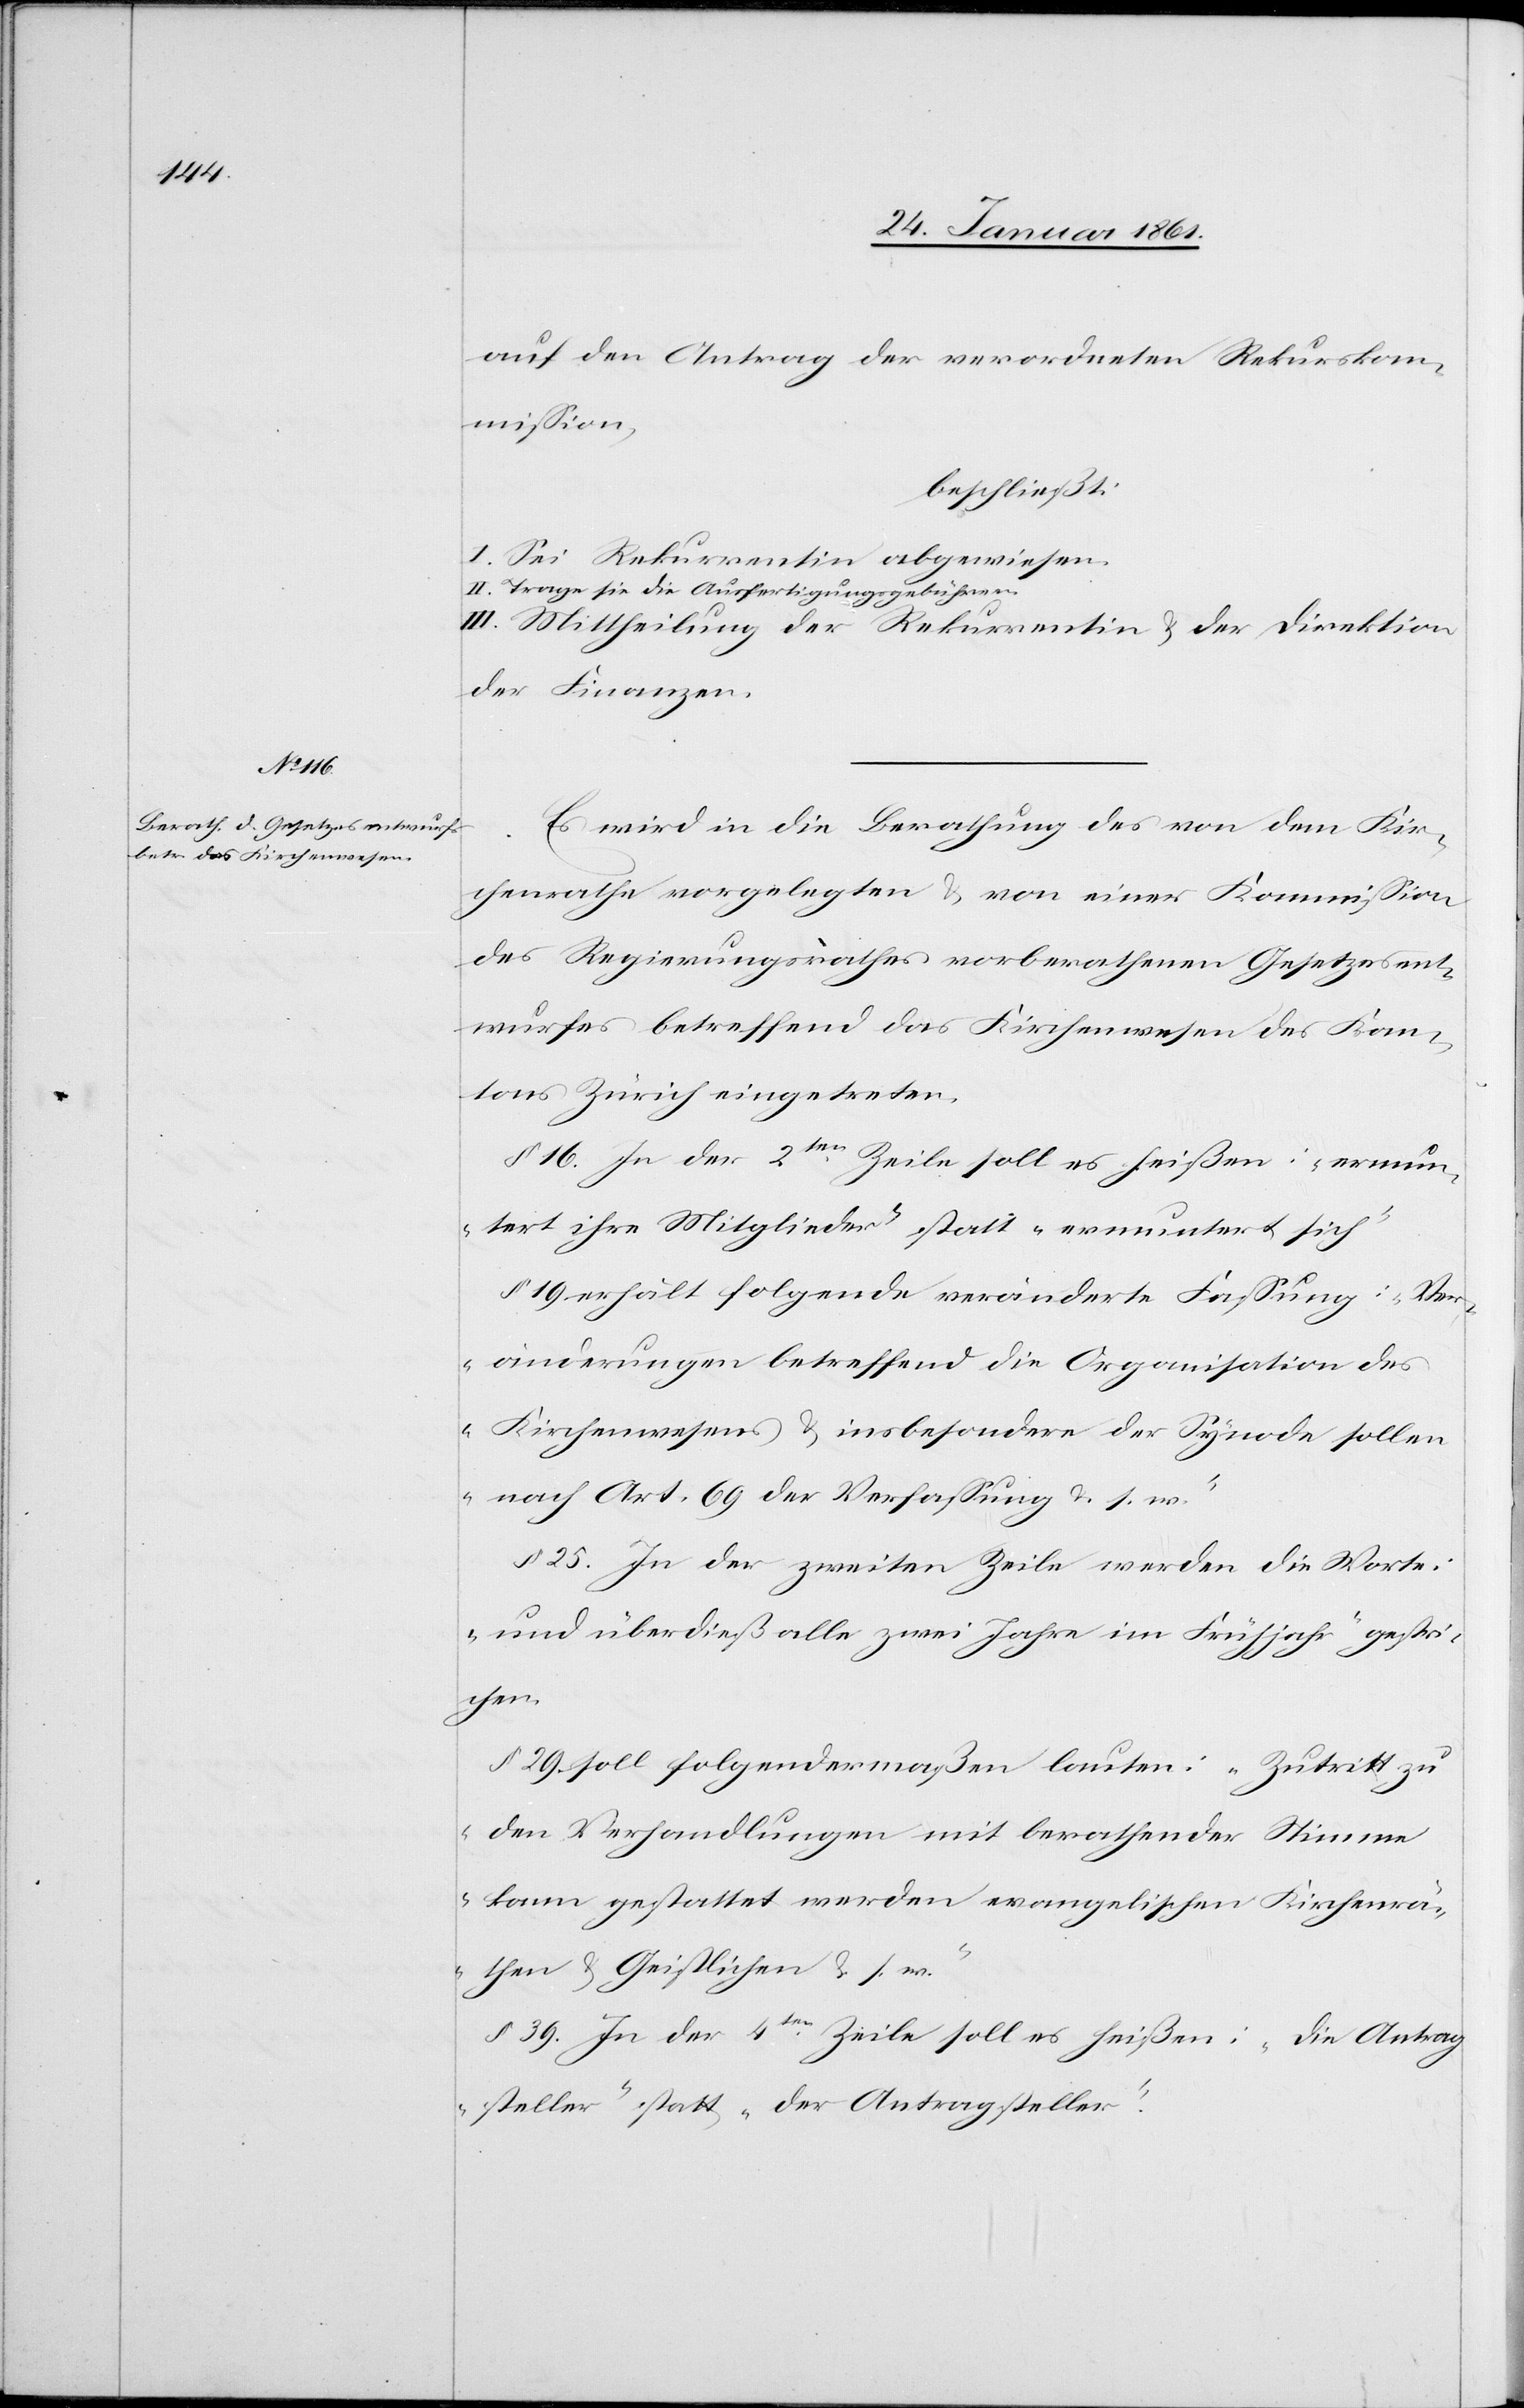
auf den Antrag der verordneten Rekurskom¬
mission,
beschließt:
I. Sei Rekurrentin abgewiesen.
II. Trage sie die Ausfertigungsgebühren.
III. Mittheilung der Rekurrentin u. der Direktion
der Finanzen.
Es wird in die Berathung des von dem Kir¬
chenrathe vorgelegten u. von einer Kommission
des Regierungsrathes vorberathenen Gesetzesent¬
wurfes betreffend das Kirchenwesen des Kan¬
tons Zürich eingetreten.
§. 16 In der 2ten Zeile soll es heißen: „erneu¬
ert ihre Mitglieder“ statt „erneuert sich“.
§. 19 erhält folgende veränderte Fassung: „Ver¬
änderungen betreffend die Organisation des
Kirchenwesens u. insbesondere der Synode sollen
nach Art. 69 der Verfassung u. s. w.“
§. 25. In der zweiten Zeile werden die Worte:
„und überdieß alle zwei Jahre im Frühjahr“ gestri¬
chen.
§. 29. soll folgendermaßen lauten: „Zutritt zu
den Verhandlungen mit berathender Stimme
kann gestattet werden evangelischen Kirchenrä¬
then u. Geistlichen u. s. w.“
§. 39. In der 4ten Zeile soll es heißen: „Die Antrag¬
steller“ statt „der Antragsteller“.